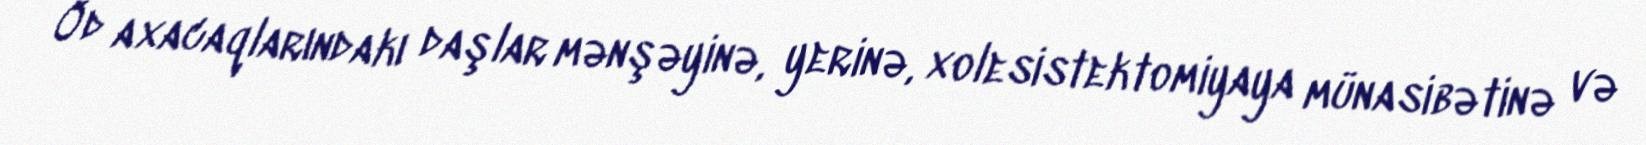
Öd axacaqlarındakı daşlar mənşəyinə, yerinə, xolesistektomiyaya münasibətinə və